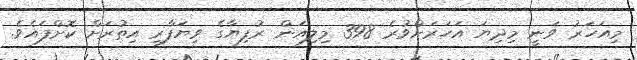
މިއަހަރު ވަނީ މިދިޔަ އަހަރަށްވުރެ 398 މިލިއަން ރުފިޔާގެ ވިޔަފާރި އިތުރަށް ކޮށްފައެވެ.